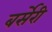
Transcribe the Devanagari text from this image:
बर्सेरी